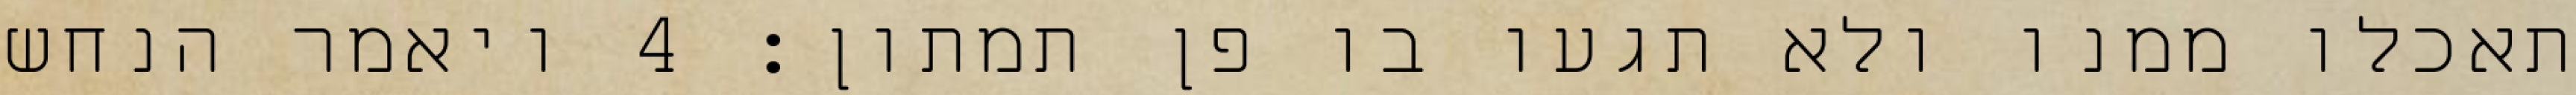
תאכלו ממנו ולא תגעו בו פן תמתון׃ ‎4‏ ויאמר הנחש